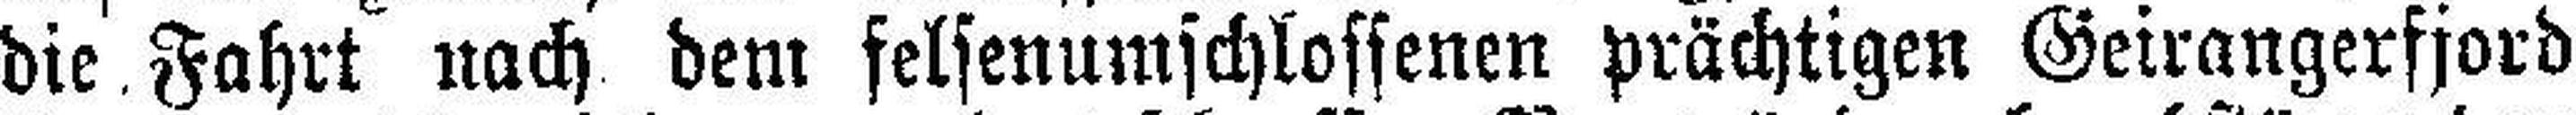
die Fahrt nach dem felsenumschlossenen prächtigen Geirangerfjord